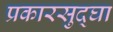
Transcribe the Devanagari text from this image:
प्रकारसुद्घा